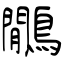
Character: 鷳